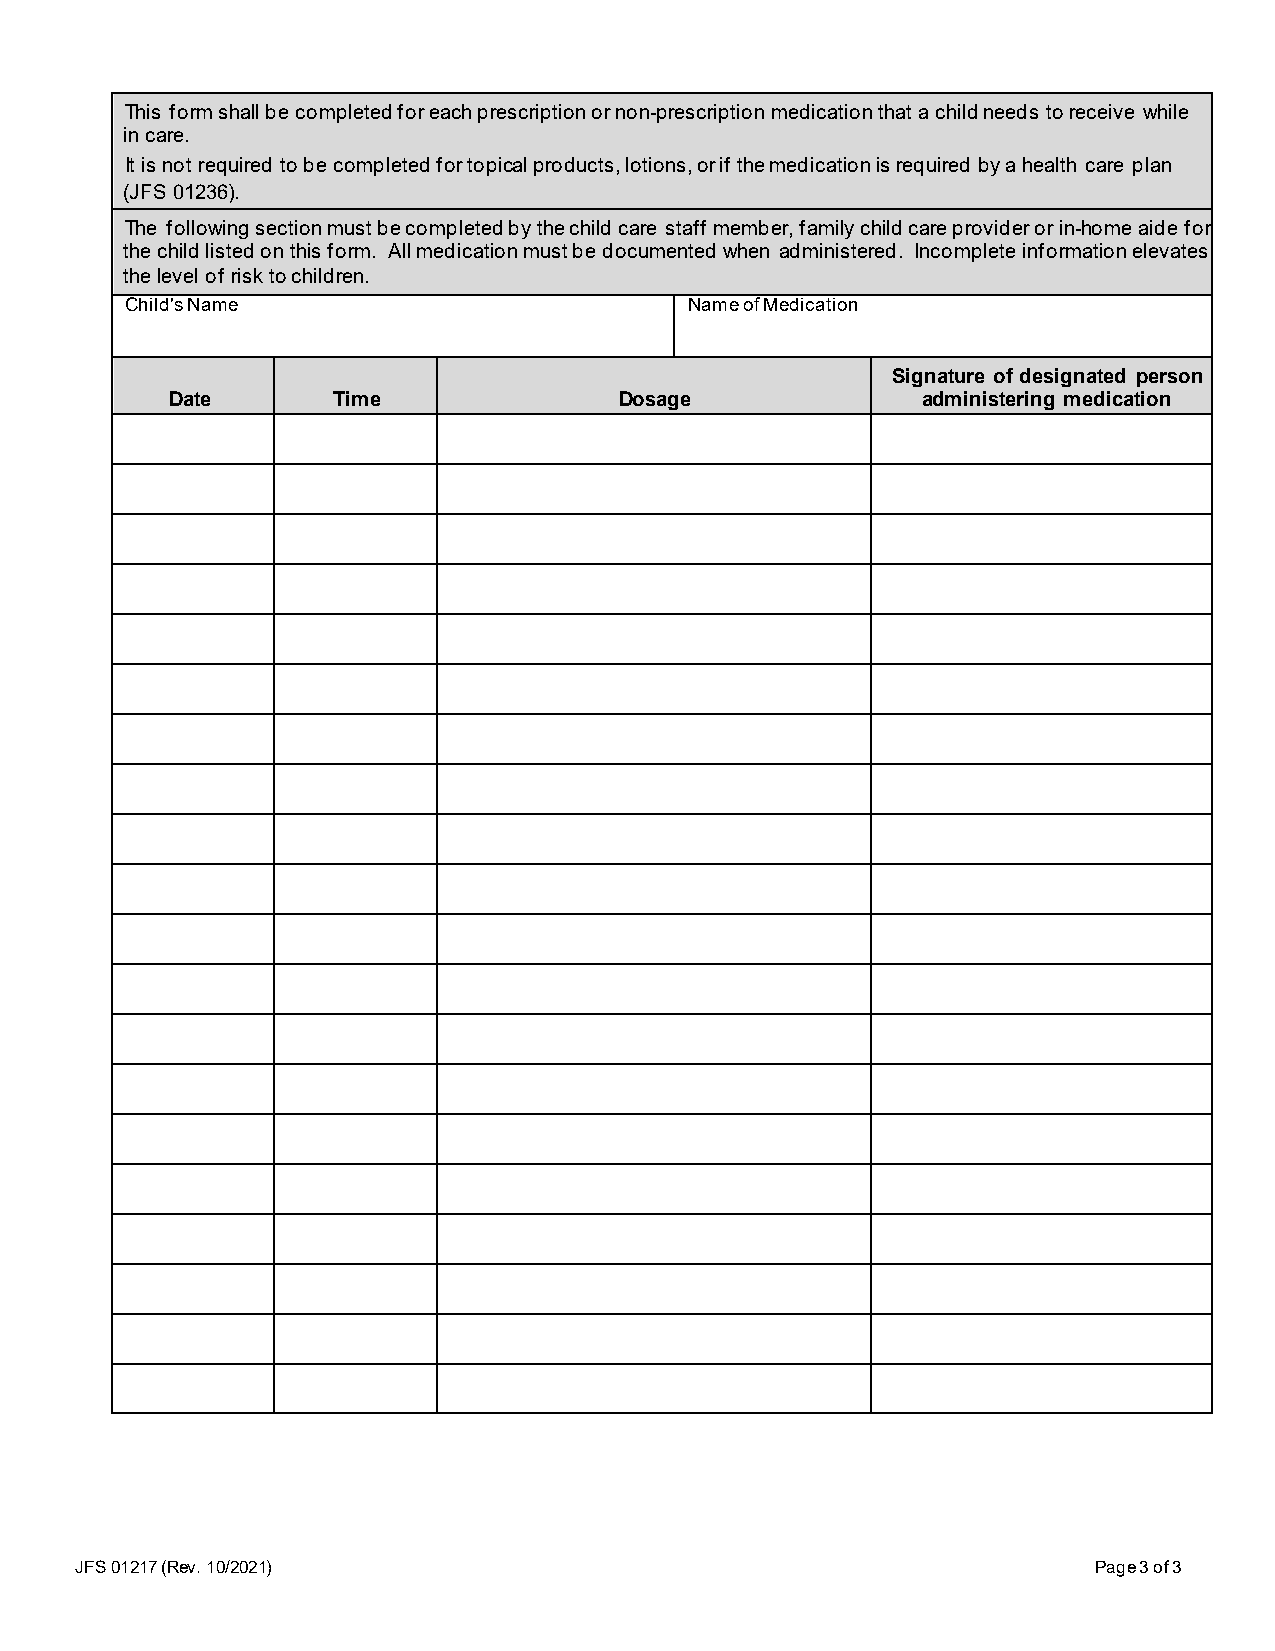
This form shall be completed for each prescription or non-prescription medication that a child needs to receive while
 in care.
 It is not required to be completed for topical products, lotions, or if the medication is required by a health care plan
 (JFS 01236).
 The following section must be completed by the child care staff member, family child care provider or in-home aide for
 the child listed on this form. All medication must be documented when administered. Incomplete information elevates
 the level of risk to children.
 Child's Name                          Name of Medication
 Signature of designated person
 Date       Time               Dosage              administering medication
 JFS 01217 (Rev. 10/2021)                                            Page 3 of 3